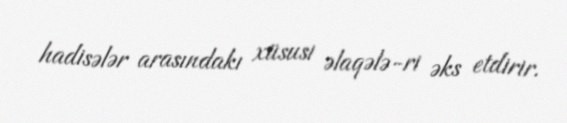
hadisələr arasındakı xüsusi əlaqələ-ri əks etdirir.